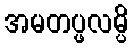
အမတပ္ဖလမ္ပိ